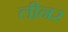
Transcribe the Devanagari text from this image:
लीनर